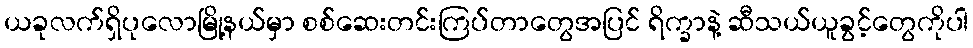
ယခုလက်ရှိပုလောမြို့နယ်မှာ စစ်ဆေးတင်းကြပ်တာတွေအပြင် ရိက္ခာနဲ့ ဆီသယ်ယူခွင့်တွေကိုပါ